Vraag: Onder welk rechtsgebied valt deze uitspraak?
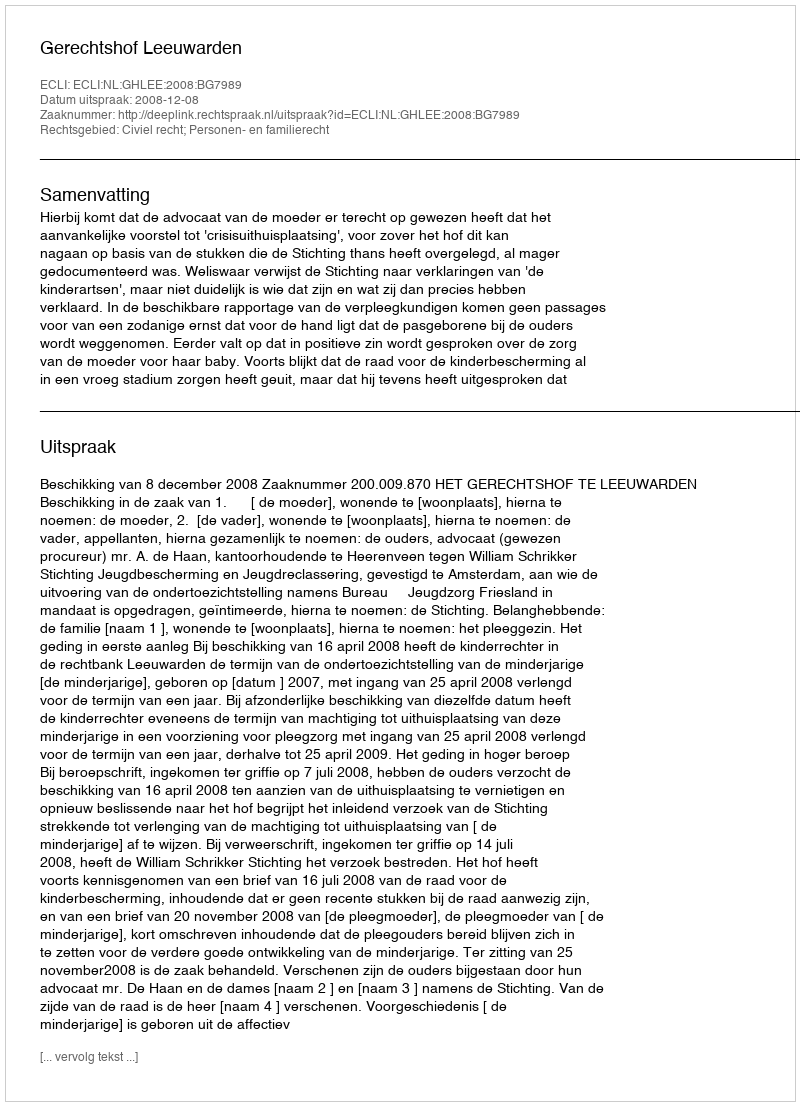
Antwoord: Civiel recht; Personen- en familierecht